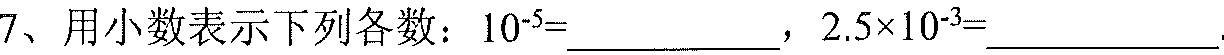
7、用小数表示下列各数：$10^{-5}=\_\_\_\_\_\_$，$2.5\times10^{-3}=\_\_\_\_\_\_$.